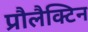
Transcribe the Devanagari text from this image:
प्रौलैक्टिन